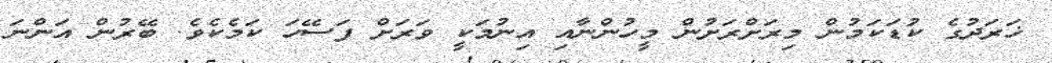
ޚަރަދުގެ ކުޑަކަމުން މިރަށްރަށުން މީހުންނާއި އިނުމަކީ ވަރަށް ފަސޭހަ ކަމެކެވެ. ބޭރުން އަންނަ